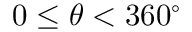
0 \leq \theta < 3 6 0 ^ { \circ }